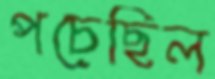
পচেছিল